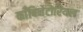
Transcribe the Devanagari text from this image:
काँबिनेटोरियल